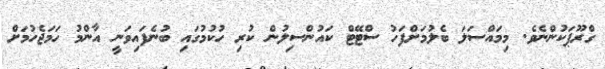
ގްރޫޕަކުންނެވެ. މިމައްސަލަ ބެލުމަށްފަހު ސްޓޭޓް ކައުންސިލުން ކުރި ހުކުމުގައި ބުނެފައިވަނީ އާންމު ހަމަޖެހުމަށް